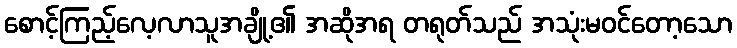
စောင့်ကြည့်လေ့လာသူအချို့၏ အဆိုအရ တရုတ်သည် အသုံးမဝင်တော့သော